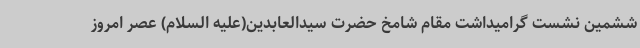
ششمین نشست گرامیداشت مقام شامخ حضرت سیدالعابدین(علیه السلام) عصر امروز